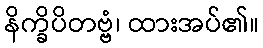
နိက္ခိပိတဗ္ဗံ၊ ထားအပ်၏။